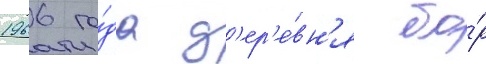
1966 го́да д'ер'е́вн'я бо́р